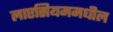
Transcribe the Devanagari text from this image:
लाएसियममधील